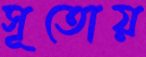
সূতোয়